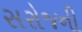
સરોજની